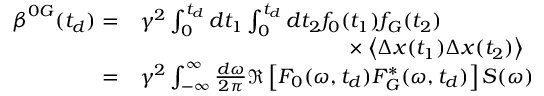
\begin{array} { r l } { \boldsymbol { \beta } ^ { 0 G } ( t _ { d } ) = } & { \gamma ^ { 2 } \int _ { 0 } ^ { t _ { d } } d t _ { 1 } \int _ { 0 } ^ { t _ { d } } d t _ { 2 } f _ { 0 } ( t _ { 1 } ) f _ { G } ( t _ { 2 } ) } \\ & { \hphantom { \gamma ^ { 2 } \int _ { 0 } ^ { t _ { d } } d t _ { 1 } \int _ { 0 } ^ { t _ { d } } d t _ { 2 } f _ { G } } \times \left\langle \Delta \boldsymbol { x } ( t _ { 1 } ) \Delta \boldsymbol { x } ( t _ { 2 } ) \right\rangle } \\ { = } & { \gamma ^ { 2 } \int _ { \mathbb { - \infty } } ^ { \infty } \frac { d \omega } { 2 \pi } \Re \left[ F _ { 0 } ( \omega , t _ { d } ) F _ { G } ^ { * } ( \omega , t _ { d } ) \right] \boldsymbol { S } ( \omega ) } \end{array}